Rangoon Lunatic Asylum 1893-1897 - 1893-1897
Year: 1893
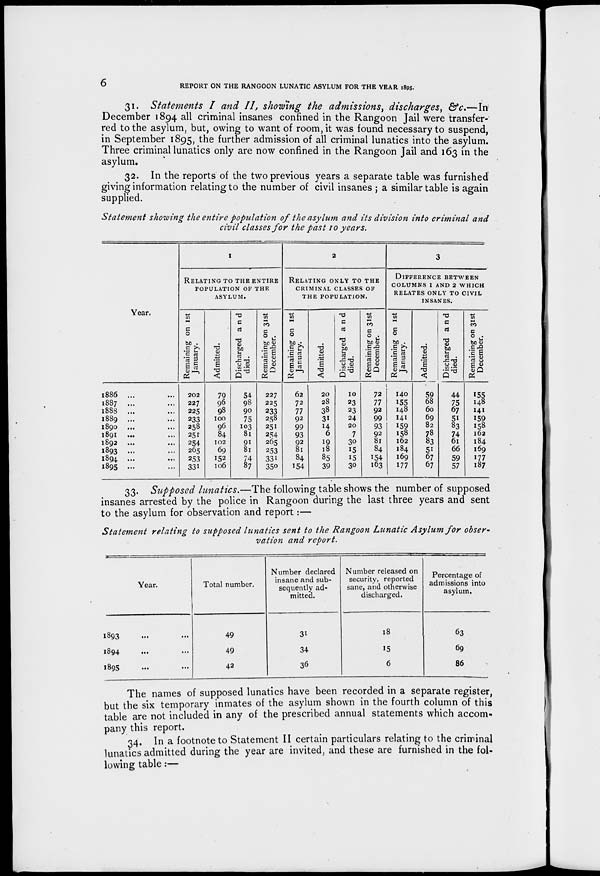
6
REPORT ON THE RANGOON LUNATIC ASYLUM FOR THE YEAR 1895.
31. Statements I and II, showing the admissions, discharges,
&c.—In
December 1894 all criminal insanes confined in the Rangoon Jail were transfer-
red to the asylum, but, owing to want of room, it was found necessary to suspend,
in September 1895, the further admission of all criminal lunatics into the asylum.
Three criminal lunatics only are now confined in the Rangoon Jail and 163 in the
asylum.
32. In the reports of the two previous years a separate table was furnished
giving information relating to the number of civil insanes ; a similar table is again
supplied.
Statement showing the entire population of the asylum and its division into criminal and
civil classes for the past 10 years.
Year.
1886 ... ...
1887 ... ...
1888 ... ...
1889 ... ...
1890 ... ...
1891 ... ...
1892 ...
1893 ... ...
1894 ... ...
1895 ... ...
1
RELATING TO THE ENTIRE
POPULATION OF THE
ASYLUM.
Remaining on 1st
January.
202
227
225
233
258
251
254
265
253
331
Admitted.
79
96
98
100
96
84
102
69
152
106
Discharged and
died.
54
98
90
75
103
81
91
81
74
87
Remaining on 31st
December.
227
225
233
258
251
254
265
253
331
350
2
RELATING ONLY TO THE
CRIMINAL CLASSES OF
THE POPULATION.
Remaining on 1st
January.
62
72
77
92
99
93
92
81
84
154
Admitted.
20
28
38
31
14
6
19
18
85
39
Discharged and
died.
10
23
23
24
20
7
30
15
15
30
Remaining on 31st
December.
72
77
92
99
93
92
81
84
154
163
3
DIFFERENCE BETWEEN
COLUMNS 1 AND 2 WHICH
RELATES ONLY TO CIVIL
INSANES.
Remaining on 1st
January.
140
155
148
141
159
158
162
184
169
177
Admitted.
59
68
60
69
82
78
83
51
67
67
Discharged and
died.
44
75
67
51
83
74
61
66
59
57
Remaining on 31st
December.
155
148
141
159
158
162
184
169
177
187
33. Supposed lunatics.—The following table shows the number of supposed
insanes arrested by the police in Rangoon during the last three years and sent
to the asylum for observation and report:—
Statement relating to supposed lunatics sent to the Rangoon Lunatic Asylum for obser-
vation and report.
Year.
1893 ... ...
1894 ... ...
1895 ... ...
Total number.
49
49
42
Number declared
insane and sub-
sequently ad-
mitted.
31
34
36
Number released on
security, reported
sane, and otherwise
discharged.
18
15
6
Percentage of
admissions into
asylum.
63
69
86
The names of supposed lunatics have been recorded in a separate register,
but the six temporary inmates of the asylum shown in the fourth column of this
table are not included in any of the prescribed annual statements which accom-
pany this report.
34. In a footnote to Statement II certain particulars relating to the criminal
lunatics admitted during the year are invited, and these are furnished in the fol-
lowing table:—